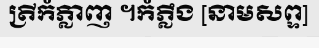
ត្រីកំភ្លាញ ។កំភ្លឹង [នាមសព្ទ]